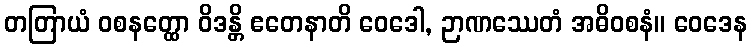
တတြာယံ ဝစနတ္ထော ဝိဒန္တိ ဧတေနာတိ ဝေဒေါ, ဉာဏဿေတံ အဓိဝစနံ။ ဝေဒေန